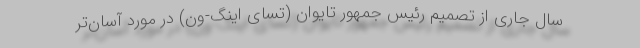
سال جاری از تصمیم رئیس جمهور تایوان (تسای اینگ-ون) در مورد آسان‌تر